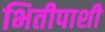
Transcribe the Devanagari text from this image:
भितीपाशी